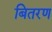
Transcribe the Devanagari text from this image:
बितरण